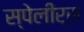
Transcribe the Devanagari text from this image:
स्पेलीर्स